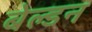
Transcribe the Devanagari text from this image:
बेल्डन